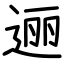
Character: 逦